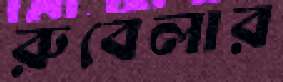
রুবেলার